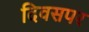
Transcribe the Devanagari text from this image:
दिवसपर